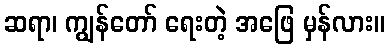
ဆရာ၊ ကျွန်တော် ရေးတဲ့ အဖြေ မှန်လား။